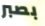
بصبر